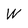
Character: W